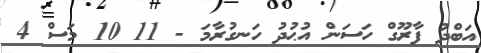
އަބްދު ފާރޫގް ހަސަން އުޙުދު ހަނގުރާމަ - 11 10 މަސް 4